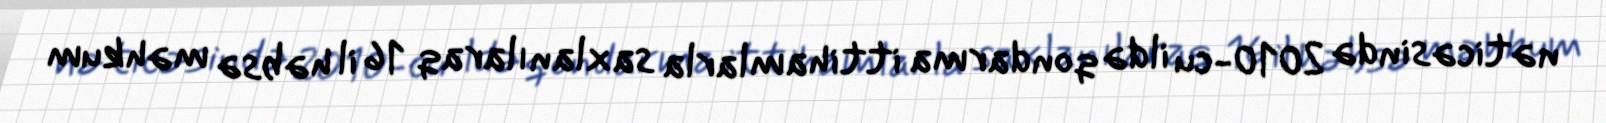
nəticəsində 2010-cu ildə qondarma ittihamlarla saxlanılaraq 16 il həbsə məhkum